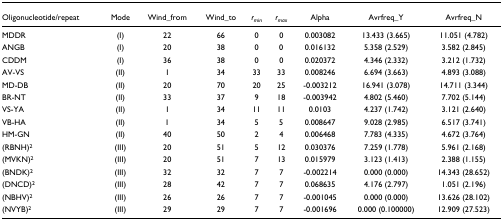
<table><thead><tr><td><b>Oligonucleotide/repeat</b></td><td><b>Mode</b></td><td><b>Wind_from</b></td><td><b>Wind_to</b></td><td><b><i>r</i><sub><i>min</i></sub></b></td><td><b><i>r</i><sub><i>max</i></sub></b></td><td><b>Alpha</b></td><td><b>Avrfreq_Y</b></td><td><b>Avrfreq_N</b></td></tr></thead><tbody><tr><td>MDDR</td><td>(I)</td><td>22</td><td>66</td><td>0</td><td>0</td><td>0.003082</td><td>13.433 (3.665)</td><td>11.051 (4.782)</td></tr><tr><td>ANGB</td><td>(I)</td><td>20</td><td>38</td><td>0</td><td>0</td><td>0.016132</td><td>5.358 (2.529)</td><td>3.582 (2.845)</td></tr><tr><td>CDDM</td><td>(I)</td><td>36</td><td>38</td><td>0</td><td>0</td><td>0.020372</td><td>4.346 (2.332)</td><td>3.212 (1.732)</td></tr><tr><td>AV-VS</td><td>(II)</td><td>1</td><td>34</td><td>33</td><td>33</td><td>0.008246</td><td>6.694 (3.663)</td><td>4.893 (3.088)</td></tr><tr><td>MD-DB</td><td>(II)</td><td>20</td><td>70</td><td>20</td><td>25</td><td>-0.003212</td><td>16.941 (3.078)</td><td>14.711 (3.344)</td></tr><tr><td>BR-NT</td><td>(II)</td><td>33</td><td>37</td><td>9</td><td>18</td><td>-0.003942</td><td>4.802 (5.460)</td><td>7.702 (5.144)</td></tr><tr><td>VS-YA</td><td>(II)</td><td>1</td><td>34</td><td>11</td><td>11</td><td>0.0103</td><td>4.237 (1.742)</td><td>3.121 (2.640)</td></tr><tr><td>VB-HA</td><td>(II)</td><td>1</td><td>34</td><td>5</td><td>5</td><td>0.008647</td><td>9.028 (2.985)</td><td>6.517 (3.741)</td></tr><tr><td>HM-GN</td><td>(II)</td><td>40</td><td>50</td><td>2</td><td>4</td><td>0.006468</td><td>7.783 (4.335)</td><td>4.672 (3.764)</td></tr><tr><td>(RBNH)<sup>2</sup></td><td>(III)</td><td>20</td><td>51</td><td>5</td><td>12</td><td>0.030376</td><td>7.259 (1.778)</td><td>5.961 (2.168)</td></tr><tr><td>(MVKN)<sup>2</sup></td><td>(III)</td><td>20</td><td>51</td><td>7</td><td>13</td><td>0.015979</td><td>3.123 (1.413)</td><td>2.388 (1.155)</td></tr><tr><td>(BNDK)<sup>2</sup></td><td>(III)</td><td>32</td><td>32</td><td>7</td><td>7</td><td>-0.002214</td><td>0.000 (0.000)</td><td>14.343 (28.652)</td></tr><tr><td>(DNCD)<sup>2</sup></td><td>(III)</td><td>28</td><td>42</td><td>7</td><td>7</td><td>0.068635</td><td>4.176 (2.797)</td><td>1.051 (2.196)</td></tr><tr><td>(NBHV)<sup>2</sup></td><td>(III)</td><td>26</td><td>26</td><td>7</td><td>7</td><td>-0.001045</td><td>0.000 (0.000)</td><td>13.626 (28.102)</td></tr><tr><td>(NVYB)<sup>2</sup></td><td>(III)</td><td>29</td><td>29</td><td>7</td><td>7</td><td>-0.001696</td><td>0.000 (0.100000)</td><td>12.909 (27.523)</td></tr></tbody></table>